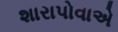
શારાપોવાએ